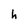
Character: h